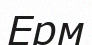
Ерм